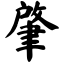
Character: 肇